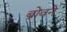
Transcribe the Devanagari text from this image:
ब्रोवने